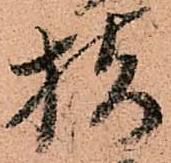
指